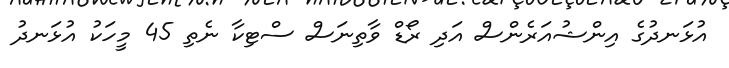
އުޅަނދުގެ އިންޝުއަރެންސް އަދި ރޯޑް ވާތިނަސް ސްޓިކާ ނެތި 45 މީހަކު އުޅަނދު